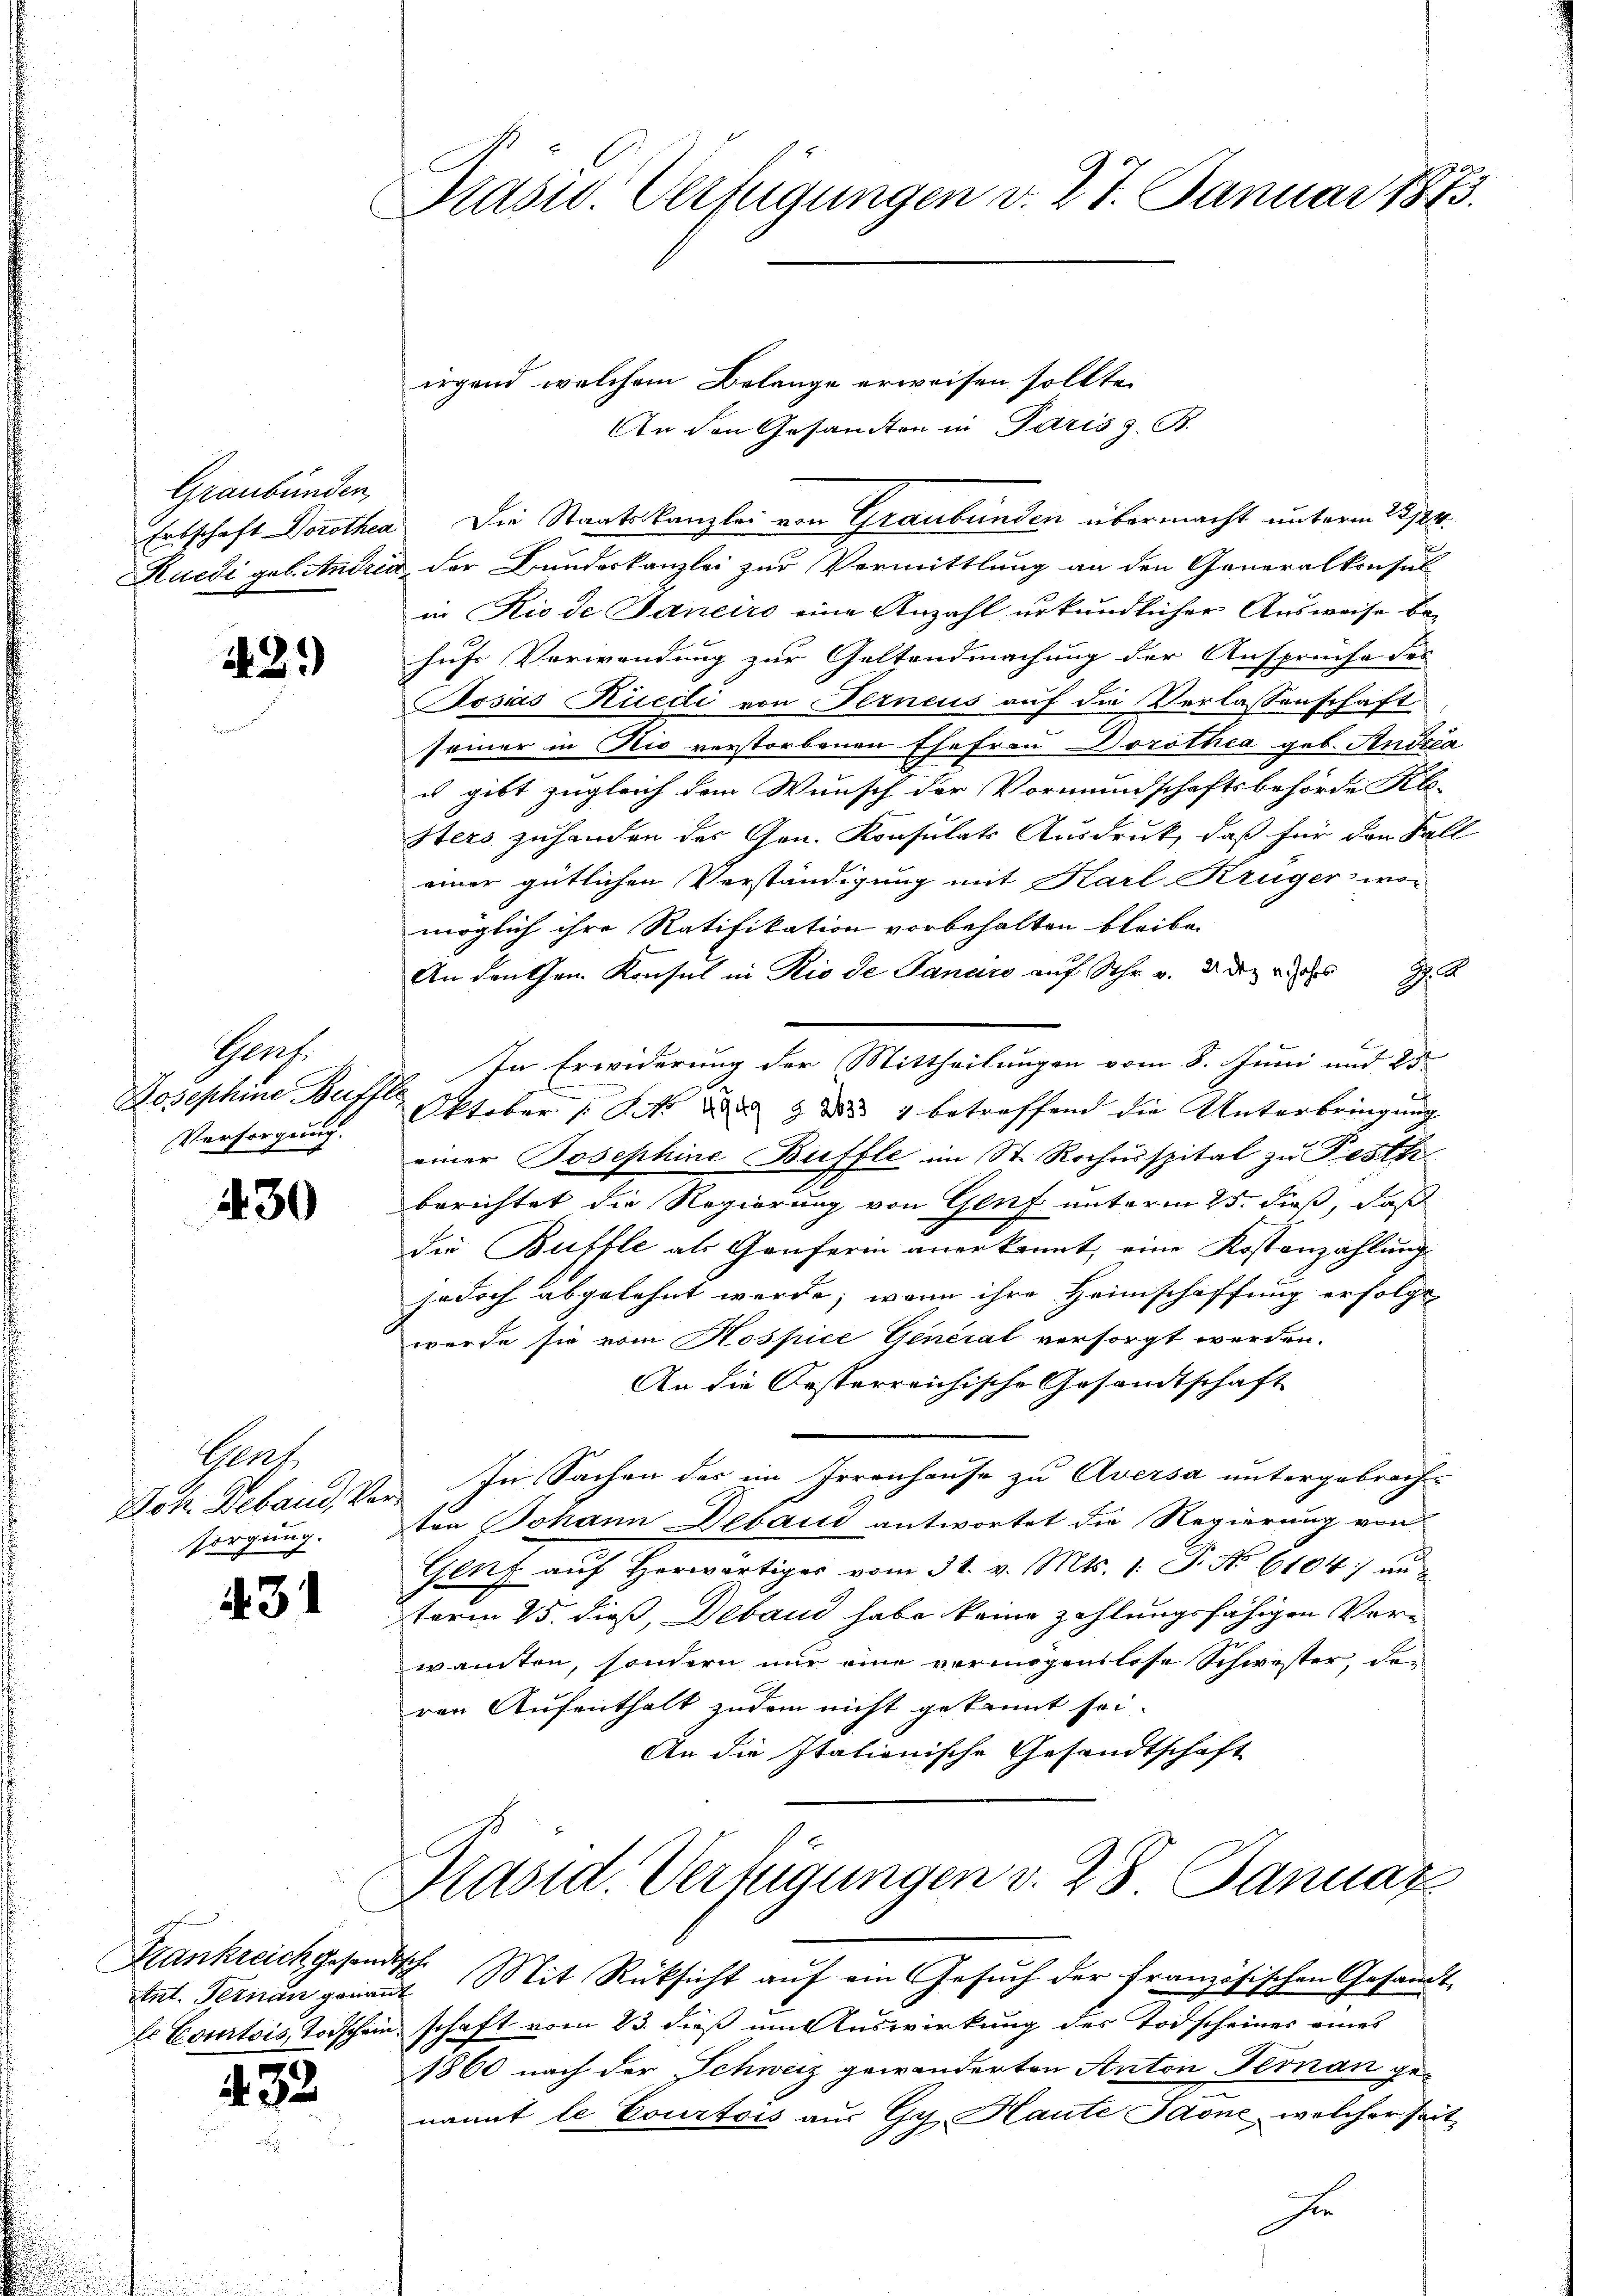
.

Graubünden,

22.)

Gert.
Josephine Beiffe
Versorgung.

430

Porf.
sorgung.

431

Ant. Fernen genannt

432.

Prasw. Verfügungen v. 27. Januar 1873.

irgend welchem Belange erweisen sollte.
An den Gesandten in Paris z. B.
Ertschaft Dorothea Die Staatskanzlei von Graubünden übermacht unterm 23./24.
Kucdi geb. Andrin, der Bundeskanzlei zur Vermittlung an den Generalkonsul
in Riode Janeiro eine Anzahl urkundlicher Ausweise be-
hufs Verwendung zur Geltendmachung der Ansprüche des
Posias Rüedi von Ferneus auf die Verlassenschaft
seiner in Nio verstorbenen Ehefrau Dorothea geb. Andria
is gibt zugleich dem Wunsch der Vormundschaftsbehörde Klo-
Sters zuhanden der Gen. Konsulats Ausdruck, daß für den Fall
einer gütlichen Verständigung mit Karl Krüger wor
möglich ihre Ratifikation vorbehalten bleibe.
An den then Konsul in Rio de Januro auf Schr. v. 2. Dez. v. des
G. A
In Erwiderung der Mittheilungen vom 8. Juni und 25
.
Oktober No 2 § 837 betreffend die Unterbringung |
einer Josephine Buffle im St. Rochusspital zu Festh
berichtet die Regierung von Genf unterm 25. dieß, daß
die Buffle als Ganferin anerkannt, eine Kostanzahlung
jodoch abgelehnt werde; wenn ihre Heimschaffung erfolgt
wurde sie vom Hospice General versorgt werden.
An die Oesterreichische Gesandtschaft
Dok. Deband, Vor- In Sachen der im Irrenhause zu Aversa untergebrach
ten Johann Debani antwortet die Regierung von
Genf aŭf herwärtiger vom 31. v. Mts. 1. P. No 6104) un
term 25. dieß, Deband habe keine zahlungsfähigen Verwanten, sondern nur eine vermögenslose Schwester, den
ren Aufenthalt zudem nicht gekannt sei.
An die Italienische Gesandtschaft

Präsid. Verfügungen v. 28. Januaz
Frankreich gesandtsch. Mit Rücksicht aŭf ein Gesŭch der französischen Gesandt-

le Courtois, Todscheinschaft vom 23. dieß um Auswirkung des Todscheines eines
1860 nach der Schweiz gewänderten Anton Fernan ge-
nannt le Courtois aus Gy, Haute Jaone, welcher seit
Zi